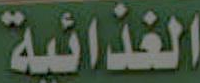
الغذائية